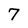
Character: 7